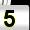
Digit: 5